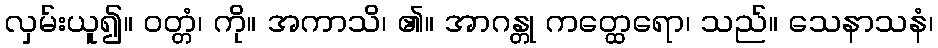
လှမ်းယူ၍။ ဝတ္တံ၊ ကို။ အကာသိ၊ ၏။ အာဂန္တု ကတ္ထေရော၊ သည်။ သေနာသနံ၊